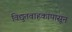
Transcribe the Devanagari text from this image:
विद्युतवाहकांपासून